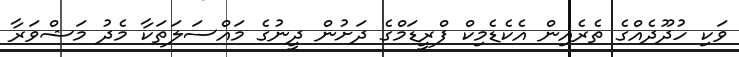
ވަކި ހުދޫދެއްގެ ތެރެއިން އެކެޑެމިކް ފްރީޑަމްގެ ދަށުން ދީނުގެ މައްސަލަތަކާ މެދު މަޝްވަރާ